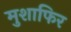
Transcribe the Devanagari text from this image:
मुशाफिर